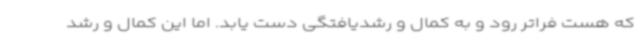
که هست فراتر رود و به کمال و رشدیافتگی دست یابد. اما این کمال و رشد